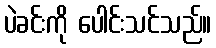
ပဲခင်းကို ပေါင်းသင်သည်။